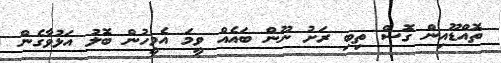
ތޮއްޑޫއިން ގޮސް ތިބި ރަށު ނޫން ބައެއް ވީމަ އެމީހުން ބޮލު އަޅުވާގެން